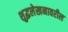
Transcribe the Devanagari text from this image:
शुद्धलेखनावरील